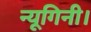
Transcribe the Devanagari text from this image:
न्यूगिनी।